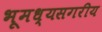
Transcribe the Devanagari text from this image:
भूमध्यसगरीय